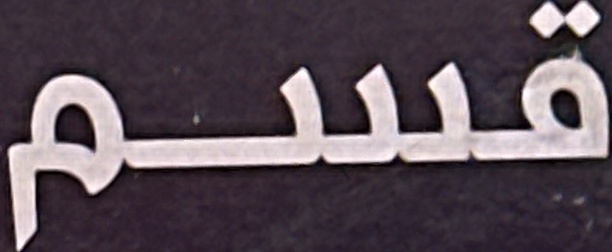
قسم